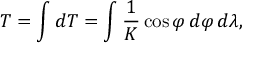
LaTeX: T = \int d T = \int { \frac { 1 } { K } } \cos \varphi \, d \varphi \, d \lambda ,